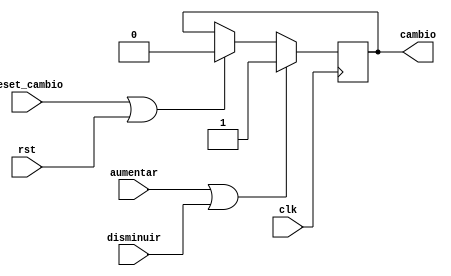
`timescale 1ns / 1ps
//Este bloque detecta si se presionan algunos de los botones de aumento o disminuye, en caso de que alguna este activa
//activar el proceso de escritura, de lo contrario permanecer en el proceso de lectura
 module cambio_escritura(
	 input wire clk, rst,
	 input wire reset_cambio, //Seal que proviene de la mquina de estados
    input wire aumentar, //Seales despues de los bloques de metastabilidad
    input wire disminuir,//
    output reg cambio // hacia la FSM
    );
 
 initial begin 
 cambio <=0;
 end
 
 always@(posedge clk) begin
 if (aumentar ||disminuir) begin
 cambio<=1;
 end else begin 
 if(reset_cambio || rst)begin
 cambio<=0;
 end
 end
 
 end

endmodule